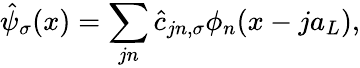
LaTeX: \hat{\psi}_{\sigma}(x)=\sum_{jn}\hat{c}_{jn,\sigma}\phi_{n}(x-ja_{L}),